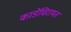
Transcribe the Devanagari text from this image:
काडेचिरायत